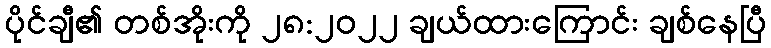
ပိုင်ချီ၏ တစ်အိုးကို ၂၈:၂၀၂၂ ချယ်ထားကြောင်း ချစ်နေပြီ